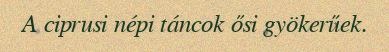
A ciprusi népi táncok ősi gyökerűek.